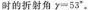
时的折射角$$y=53^{\circ}$$。